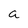
Character: a